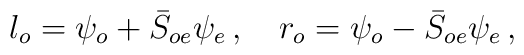
l_{o}=\psi _{o}+\bar{S}_{oe}\psi _{e}\,,~~~r_{o}=\psi _{o}-\bar{S}_{oe}\psi_{e}\,,